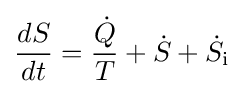
{\frac {dS}{dt}}={\frac {\dot {Q}}{T}}+{\dot {S}}+{\dot {S}}_{\text{i}}